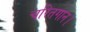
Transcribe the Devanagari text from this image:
चरितगान।